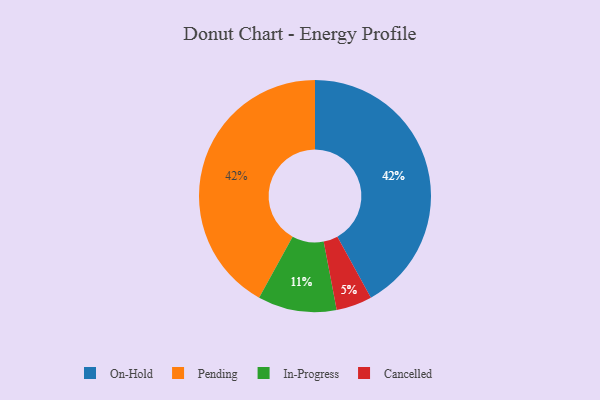
{"axis": {"x": "Category", "y": "Percentage"}, "legend": ["Cancelled", "In-Progress", "On-Hold", "Pending"], "data": [{"x": "In-Progress", "y": 11, "type": "In-Progress"}, {"x": "Cancelled", "y": 5, "type": "Cancelled"}, {"x": "On-Hold", "y": 42, "type": "On-Hold"}, {"x": "Pending", "y": 42, "type": "Pending"}]}